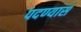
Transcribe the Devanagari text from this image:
पदण्यास